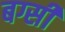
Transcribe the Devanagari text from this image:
बग्सी